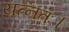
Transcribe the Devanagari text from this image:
यत्नतः।